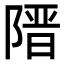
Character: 𮥔